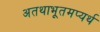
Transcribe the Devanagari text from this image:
अतथाभूतमप्यर्थ